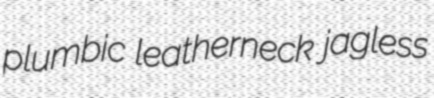
plumbic leatherneck jagless